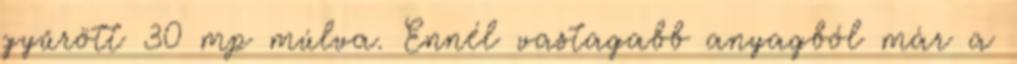
gyűrött 30 mp múlva. Ennél vastagabb anyagból már a